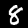
Label: 8